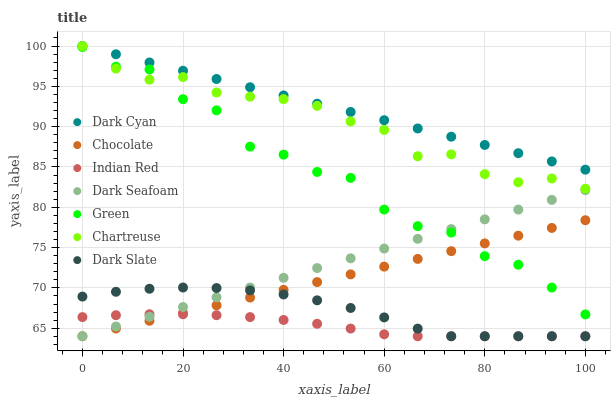
| xaxis_label | Dark Cyan | Chocolate | Indian Red | Dark Seafoam | Green | Chartreuse | Dark Slate |
 | --- | --- | --- | --- | --- | --- | --- | --- |
 | 0 | 100 | 64 | 66.4 | 64 | 99.9 | 100 | 68.9 |
 | 6.67 | 99 | 65 | 66.6 | 65.2 | 97.4 | 97.2 | 69.5 |
 | 13.3 | 98 | 65.9 | 66.7 | 66.4 | 97.1 | 95.8 | 69.9 |
 | 20 | 96.9 | 66.9 | 66.7 | 67.6 | 93.4 | 96.1 | 70 |
 | 26.7 | 95.9 | 67.8 | 66.6 | 68.8 | 92 | 94.2 | 70 |
 | 33.3 | 94.9 | 68.8 | 66.4 | 70 | 87.5 | 93.7 | 69.7 |
 | 40 | 93.9 | 69.8 | 66 | 71.2 | 86.5 | 93.4 | 69.2 |
 | 46.7 | 92.8 | 70.7 | 65.5 | 72.5 | 84.4 | 92.6 | 68.5 |
 | 53.3 | 91.8 | 71.7 | 65 | 73.7 | 83.6 | 90.6 | 67.5 |
 | 60 | 90.8 | 72.6 | 64.2 | 74.9 | 79.7 | 89.6 | 66.3 |
 | 66.7 | 89.8 | 73.6 | 64 | 76.1 | 77.7 | 86.3 | 64.9 |
 | 73.3 | 88.8 | 74.6 | 64 | 77.3 | 76.9 | 86.6 | 64 |
 | 80 | 87.7 | 75.5 | 64 | 78.5 | 73.9 | 84.1 | 64 |
 | 86.7 | 86.7 | 76.5 | 64 | 79.7 | 72.9 | 83.1 | 64 |
 | 93.3 | 85.7 | 77.4 | 64 | 80.9 | 70 | 83.6 | 64 |
 | 100 | 84.7 | 78.4 | 64 | 82.1 | 66.7 | 82.3 | 64 |